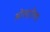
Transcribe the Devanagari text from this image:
ओस्ट्रोला